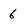
Character: 6